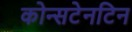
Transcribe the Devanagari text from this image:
कोन्सटेनटिन